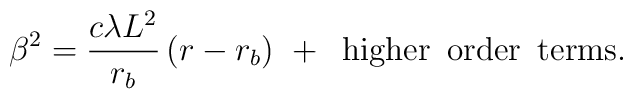
\beta^{2}= \frac{c\lambda L^2}{r_{b}}\,(r-r_{b})\,\, +\,\,\, \mathrm{higher\,\,\,order\,\,\,terms}.